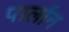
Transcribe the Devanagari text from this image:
पार्लान